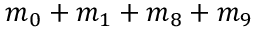
m _ { 0 } + m _ { 1 } + m _ { 8 } + m _ { 9 }